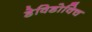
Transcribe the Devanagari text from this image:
डेविडोविच